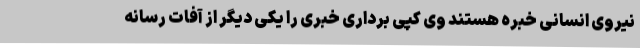
نیروی انسانی خبره هستند وی کپی برداری خبری را یکی دیگر از آفات رسانه